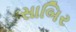
સાબિર